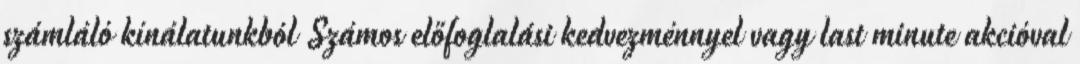
számláló kínálatunkból Számos előfoglalási kedvezménnyel vagy last minute akcióval